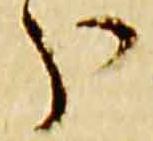
分